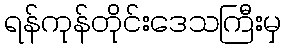
ရန်ကုန်တိုင်းဒေသကြီးမှ